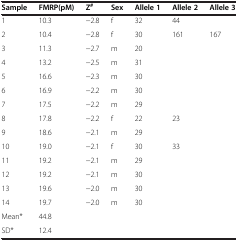
<table><thead><tr><td><b>Sample</b></td><td><b>FMRP(pM)</b></td><td><b>Z<sup>#</sup></b></td><td><b>Sex</b></td><td><b>Allele 1</b></td><td><b>Allele 2</b></td><td><b>Allele 3</b></td></tr></thead><tbody><tr><td>1</td><td>10.3</td><td>−2.8</td><td>f</td><td>32</td><td>44</td><td></td></tr><tr><td>2</td><td>10.4</td><td>−2.8</td><td>f</td><td>30</td><td>161</td><td>167</td></tr><tr><td>3</td><td>11.3</td><td>−2.7</td><td>m</td><td>20</td><td></td><td></td></tr><tr><td>4</td><td>13.2</td><td>−2.5</td><td>m</td><td>31</td><td></td><td></td></tr><tr><td>5</td><td>16.6</td><td>−2.3</td><td>m</td><td>30</td><td></td><td></td></tr><tr><td>6</td><td>16.9</td><td>−2.2</td><td>m</td><td>30</td><td></td><td></td></tr><tr><td>7</td><td>17.5</td><td>−2.2</td><td>m</td><td>29</td><td></td><td></td></tr><tr><td>8</td><td>17.8</td><td>−2.2</td><td>f</td><td>22</td><td>23</td><td></td></tr><tr><td>9</td><td>18.6</td><td>−2.1</td><td>m</td><td>29</td><td></td><td></td></tr><tr><td>10</td><td>19.0</td><td>−2.1</td><td>f</td><td>30</td><td>33</td><td></td></tr><tr><td>11</td><td>19.2</td><td>−2.1</td><td>m</td><td>29</td><td></td><td></td></tr><tr><td>12</td><td>19.2</td><td>−2.1</td><td>m</td><td>30</td><td></td><td></td></tr><tr><td>13</td><td>19.6</td><td>−2.0</td><td>m</td><td>30</td><td></td><td></td></tr><tr><td>14</td><td>19.7</td><td>−2.0</td><td>m</td><td>30</td><td></td><td></td></tr><tr><td>Mean*</td><td>44.8</td><td></td><td></td><td></td><td></td><td></td></tr><tr><td>SD*</td><td>12.4</td><td></td><td></td><td></td><td></td><td></td></tr></tbody></table>